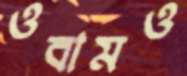
ওবামও